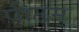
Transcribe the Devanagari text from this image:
पीठम्